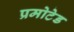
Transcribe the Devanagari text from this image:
प्रमोटेड